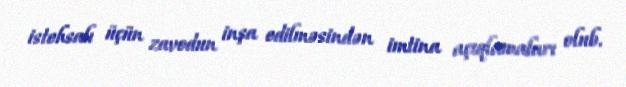
istehsalı üçün zavodun inşa edilməsindən imtina açıqlamaları olub.